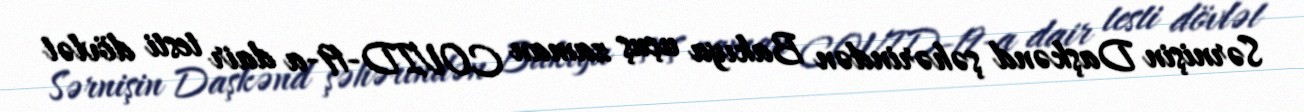
Sərnişin Daşkənd şəhərindən Bakıya uçuş zaman COVID-19-a dair testi dövlət